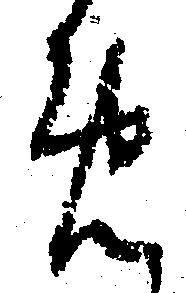
め